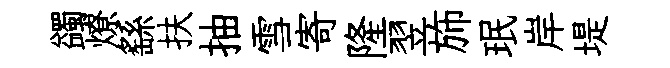
蠲燎繇扶抽雪寄隆翌斾珉岸堤